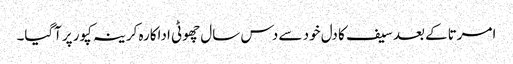
امرتاکے بعد سیف کا دل خود سے دس سال چھوٹی اداکارہ کرینہ کپور پرآگیا۔